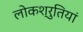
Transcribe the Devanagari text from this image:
लोकश्रुतियां